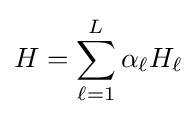
H=\sum _{\ell =1}^{L}\alpha _{\ell }H_{\ell }